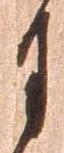
月